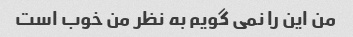
من این را نمی گویم به نظر من خوب است